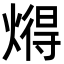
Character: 𬋂